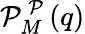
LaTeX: \mathcal{P}_{M}^{\mathrm{{~\mathcal{P}~}}}(q)